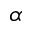
\alpha